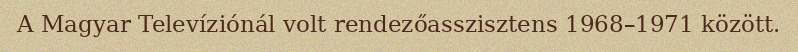
A Magyar Televíziónál volt rendezőasszisztens 1968–1971 között.